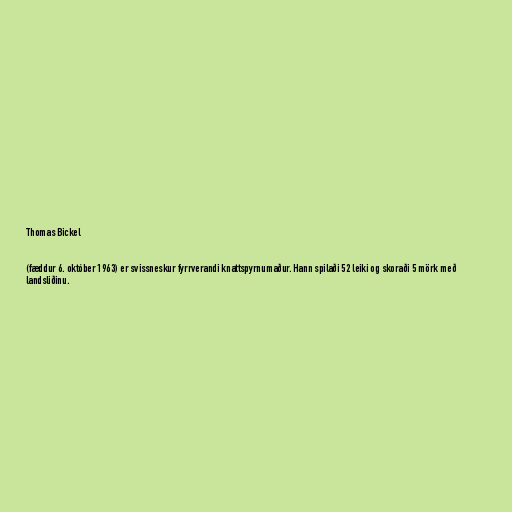
Thomas Bickel

(fæddur 6. október 1963) er svissneskur fyrrverandi knattspyrnumaður. Hann spilaði 52 leiki og skoraði 5 mörk með
landsliðinu.